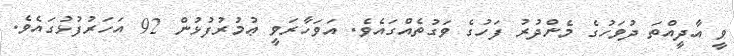
ވީ އާދީއްތަ ދުވަހުގެ މެންދުރު ފަހުގެ ވަގުތެއްގައެވެ. އަވަހާރަވީ ޢުމުރުފުޅުން 92 އަހަރުފުޅުގައެވެ.